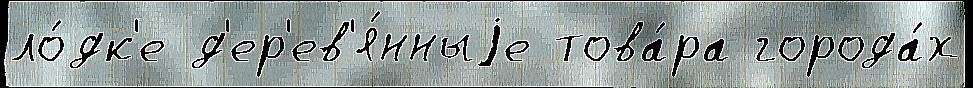
ло́дк'е д'ер'ев'я́нныjе това́ра города́х